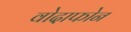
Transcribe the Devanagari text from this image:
वोदाफोन